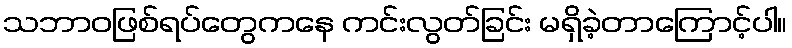
သဘာဝဖြစ်ရပ်တွေကနေ ကင်းလွတ်ခြင်း မရှိခဲ့တာကြောင့်ပါ။